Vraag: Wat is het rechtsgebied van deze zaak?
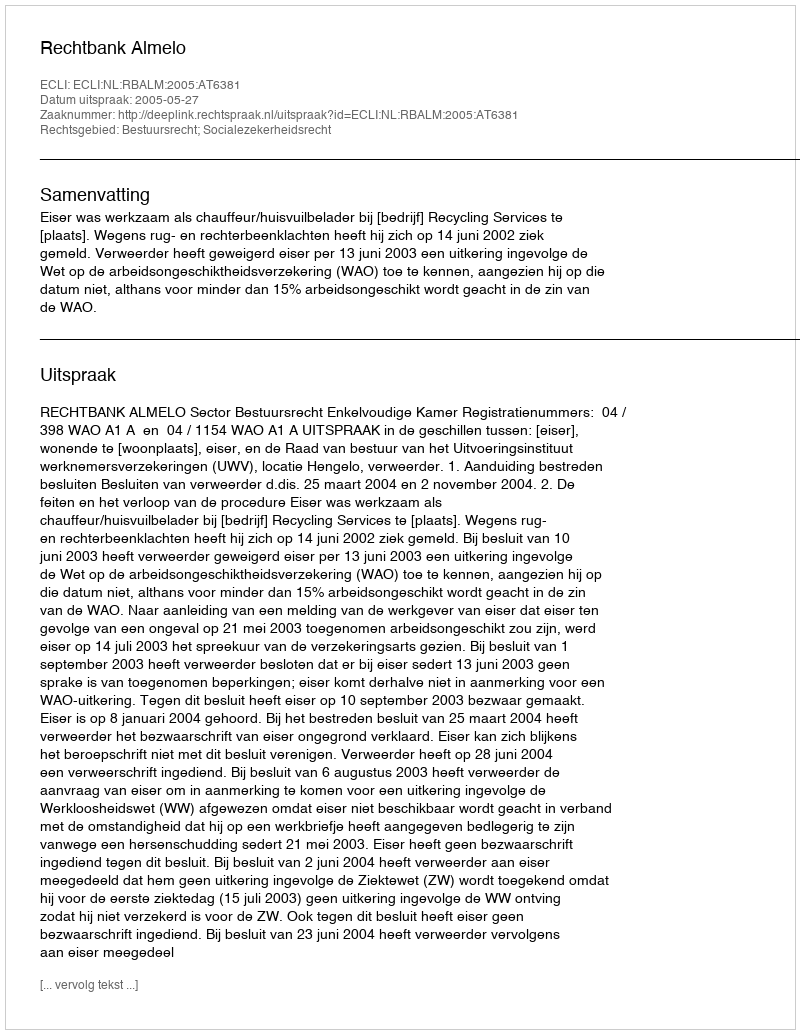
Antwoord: Bestuursrecht; Socialezekerheidsrecht